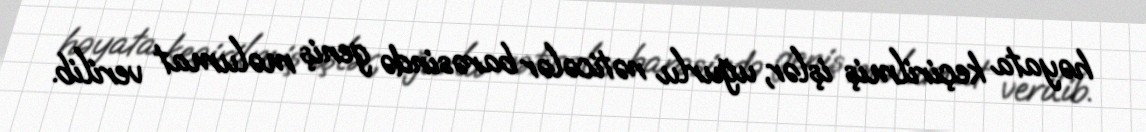
həyata keçirilmiş işlər, uğurlu nəticələr barəsində geniş məlumat verilib.